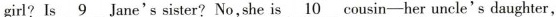
girl? Is \underline{9} Jane's sister? No,she is\underline{10} cousin-her uncle's daughter,